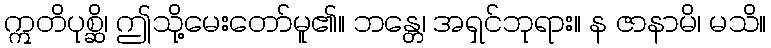
ဣတိပုစ္ဆိ၊ ဤသို့မေးတော်မူ၏။ ဘန္တေ၊ အရှင်ဘုရား။ န ဇာနာမိ၊ မသိ။